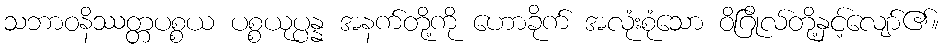
သဘာဝနိဿတ္တပစ္စယ ပစ္စယုပ္ပန္န အနက်တို့ကို ဟောခိုက် အလုံးစုံသော ဝိဂြိုလ်တို့နှင့်လျော်၏။